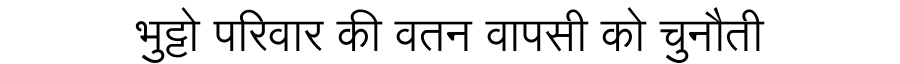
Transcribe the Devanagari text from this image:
भुट्टो परिवार की वतन वापसी को चुनौती